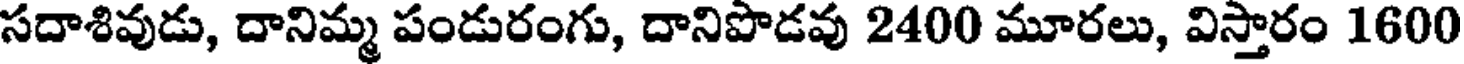
సదాశివుడు, దానిమ్మ పండురంగు, దానిపొడవు 2400 మూరలు, విస్తారం 1600